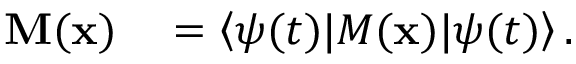
\begin{array} { r l } { \mathbf { M } ( \mathbf { x } ) } & { { } = \left< \psi ( t ) | M ( \mathbf { x } ) | \psi ( t ) \right> . } \end{array}